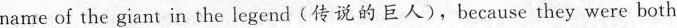
name of the giant in the legend(传说的巨人),because they were both